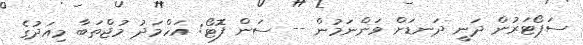
ސަޕޯޓަރުން ދަނީ ދަނޑަށް ވަންނަމުން -- ސަން ފޮޓޯ: އަހްމަދު މުޖްތަބާ މިއަދުގެ